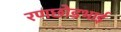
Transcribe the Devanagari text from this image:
रणछोडभाई